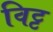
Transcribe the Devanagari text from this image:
विट्ट